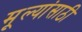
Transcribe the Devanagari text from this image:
मूल्यांसाठी